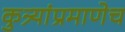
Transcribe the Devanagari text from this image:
कुत्र्यांप्रमाणेच